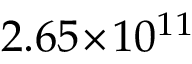
2 . 6 5 \! \times \! 1 0 ^ { 1 1 }